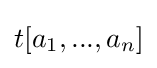
t[a_{1},...,a_{n}]